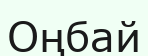
Оңбай